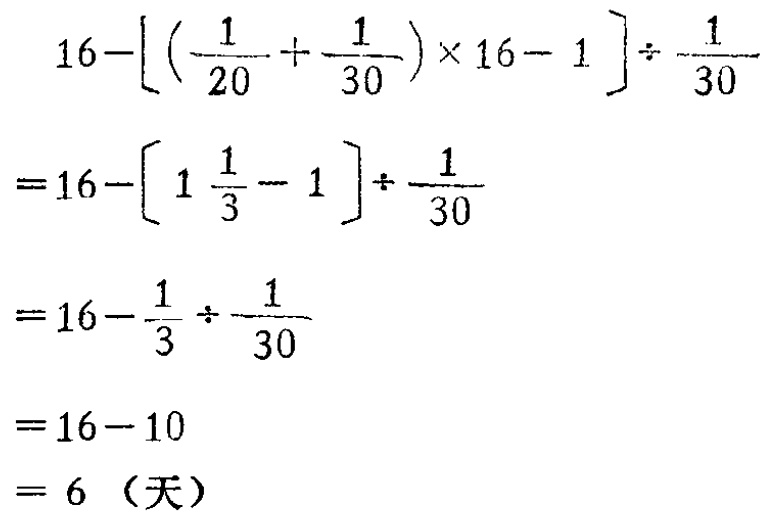
\[

\begin{align*}

&16 - \left[\left(\frac{1}{20} + \frac{1}{30}\right)×16 - 1\right]÷\frac{1}{30}\\

=&16 - \left[1\frac{1}{3} - 1\right]÷\frac{1}{30}\\

=&16 - \frac{1}{3}÷\frac{1}{30}\\

=&16 - 10\\

=&6 \text{（天）}

\end{align*}

\]